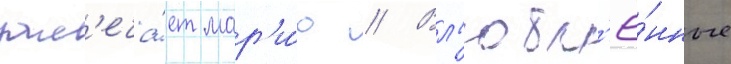
зам'еча́ет мар'и́ю // Вл'юбл'ё́нные